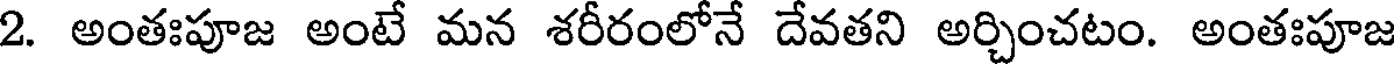
2. అంతఃపూజ అంటే మన శరీరంలోనే దేవతని అర్చించటం. అంతఃపూజ